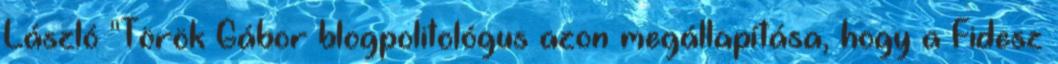
László "Török Gábor blogpolitológus azon megállapítása, hogy a Fidesz